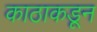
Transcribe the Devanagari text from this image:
काठाकडून